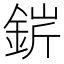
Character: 䤱